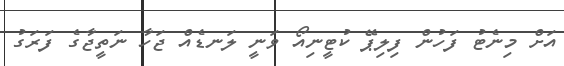
އަށް މިނެޓު ފަހުން ފިލިޕޭ ކުޓީނިއޯ ވަނީ ލަނޑެއް ޖަހާ ނަތީޖާގެ ފަރަގު